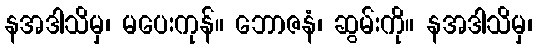
နအဒါသိမှ၊ မပေးကုန်။ ဘောဇနံ၊ ဆွမ်းကို။ နအဒါသိမှ၊